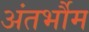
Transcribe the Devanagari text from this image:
अंतर्भौम